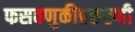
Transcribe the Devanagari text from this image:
फसवणुकीप्रकरणी